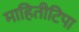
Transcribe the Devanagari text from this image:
माहितीटिपा